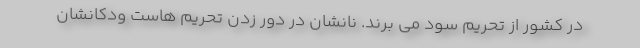
در کشور از تحریم سود می برند. نانشان در دور زدن تحریم هاست ودکانشان